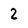
Character: 2